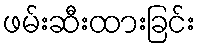
ဖမ်းဆီးထားခြင်း